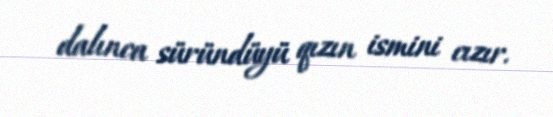
dalınca süründüyü qızın ismini cızır.